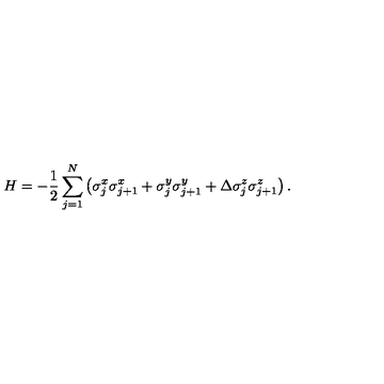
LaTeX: H = - \frac { 1 } { 2 } \sum _ { j = 1 } ^ { N } \left( \sigma _ { j } ^ { x } \sigma _ { j + 1 } ^ { x } + \sigma _ { j } ^ { y } \sigma _ { j + 1 } ^ { y } + \Delta \sigma _ { j } ^ { z } \sigma _ { j + 1 } ^ { z } \right) .